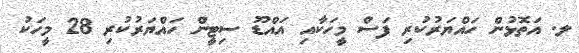
ލ. އަތޮޅުން ހައްޔަރުކުރި ފަސް މީހަކާއި އައްޑޫ ސިޓީން ހައްޔަރުކުރި 28 މީހަކު